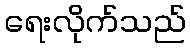
ရေးလိုက်သည်